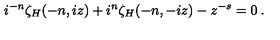
{ i } ^ { - n } \zeta _ { H } ( - n , i z ) + i ^ { n } \zeta _ { H } ( - n , - i z ) - z ^ { - s } = 0 \: .